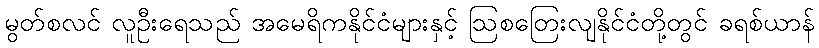
မွတ်စလင် လူဦးရေသည် အမေရိကနိုင်ငံများနှင့် ဩစတြေးလျနိုင်ငံတို့တွင် ခရစ်ယာန်